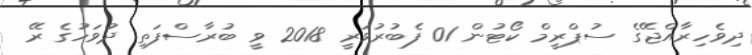
ދިވެހިރާއްޖޭގެ ސުޕްރީމް ކޯޓުން 01 ފެބުރުވަރީ 2018 ވީ ބުރާސްފަތި ދުވަހުގެ ރޭ